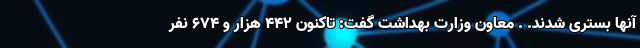
آنها بستری شدند. . معاون وزارت بهداشت گفت: تاکنون ۴۴۲ هزار و ۶۷۴ نفر